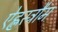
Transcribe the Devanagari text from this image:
ऐह्लस्ट्रौम